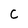
Character: c